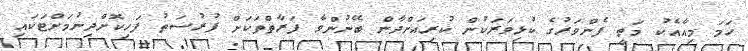
ހަމަ މިއާއެކު މަތީ ފެންވަރުގެ ކުޅިވަރަކުން ކުރިއަށްދާން ބޭނުންވާ ފަރާތްތަކަށް ފުރުސަތު ފަހިކޮށްދިނުމަށްޓަކައި